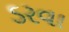
ડરવા